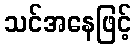
သင်အနေဖြင့်